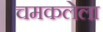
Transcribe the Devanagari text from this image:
चमकलेला